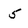
Character: 5